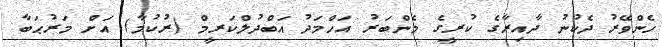
ހެންވޭރު ދެކުނު ދާއިރާގެ ކުރީގެ މެންބަރު އަހްމަދު އަބްދުލްކަރީމް (ރުކުމާ) އަށް މަރުޙަބާ